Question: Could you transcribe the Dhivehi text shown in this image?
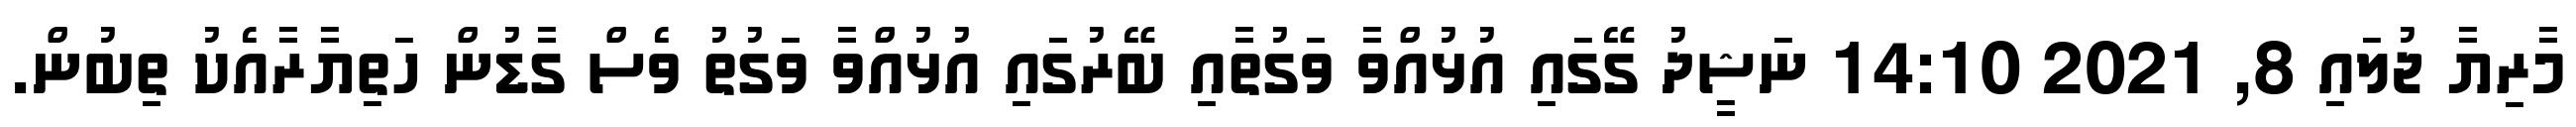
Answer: މާރިޔާ ޖުލައި 8, 2021 14:10 ނަޝީދު ގޭގައި އުޅުއްވާ ވަގުތާއި ބޭރުގައި އުޅުއްވާ ވަގުތު ވެސް ގާޑުން ހަތިޔާރާއެކު ތިބުން.